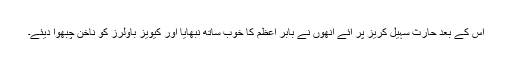
اس کے بعد حارث سہیل کریز پر آئے انھوں نے بابر اعظم کا خوب ساتھ نبھایا اور کیویز باؤلرز کو ناخن چبھوا دیئے۔